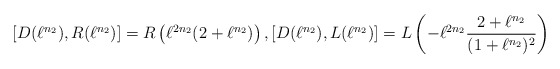
\begin{align*}\left[ D(\ell^{n_2}),R(\ell^{n_2}) \right]=R\left(\ell^{2n_2} (2+\ell^{n_2}) \right), \left[ D(\ell^{n_2}),L(\ell^{n_2}) \right]=L\left(-\ell^{2n_2} \frac{2+\ell^{n_2}}{(1+\ell^{n_2})^2} \right)\end{align*}